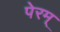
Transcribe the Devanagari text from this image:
पेरम्